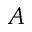
A